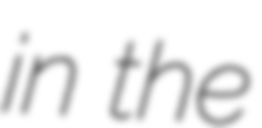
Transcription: in the